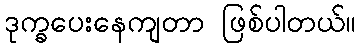
ဒုက္ခပေးနေကျတာ ဖြစ်ပါတယ်။